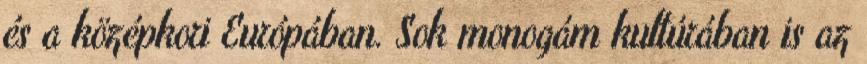
és a középkori Európában. Sok monogám kultúrában is az